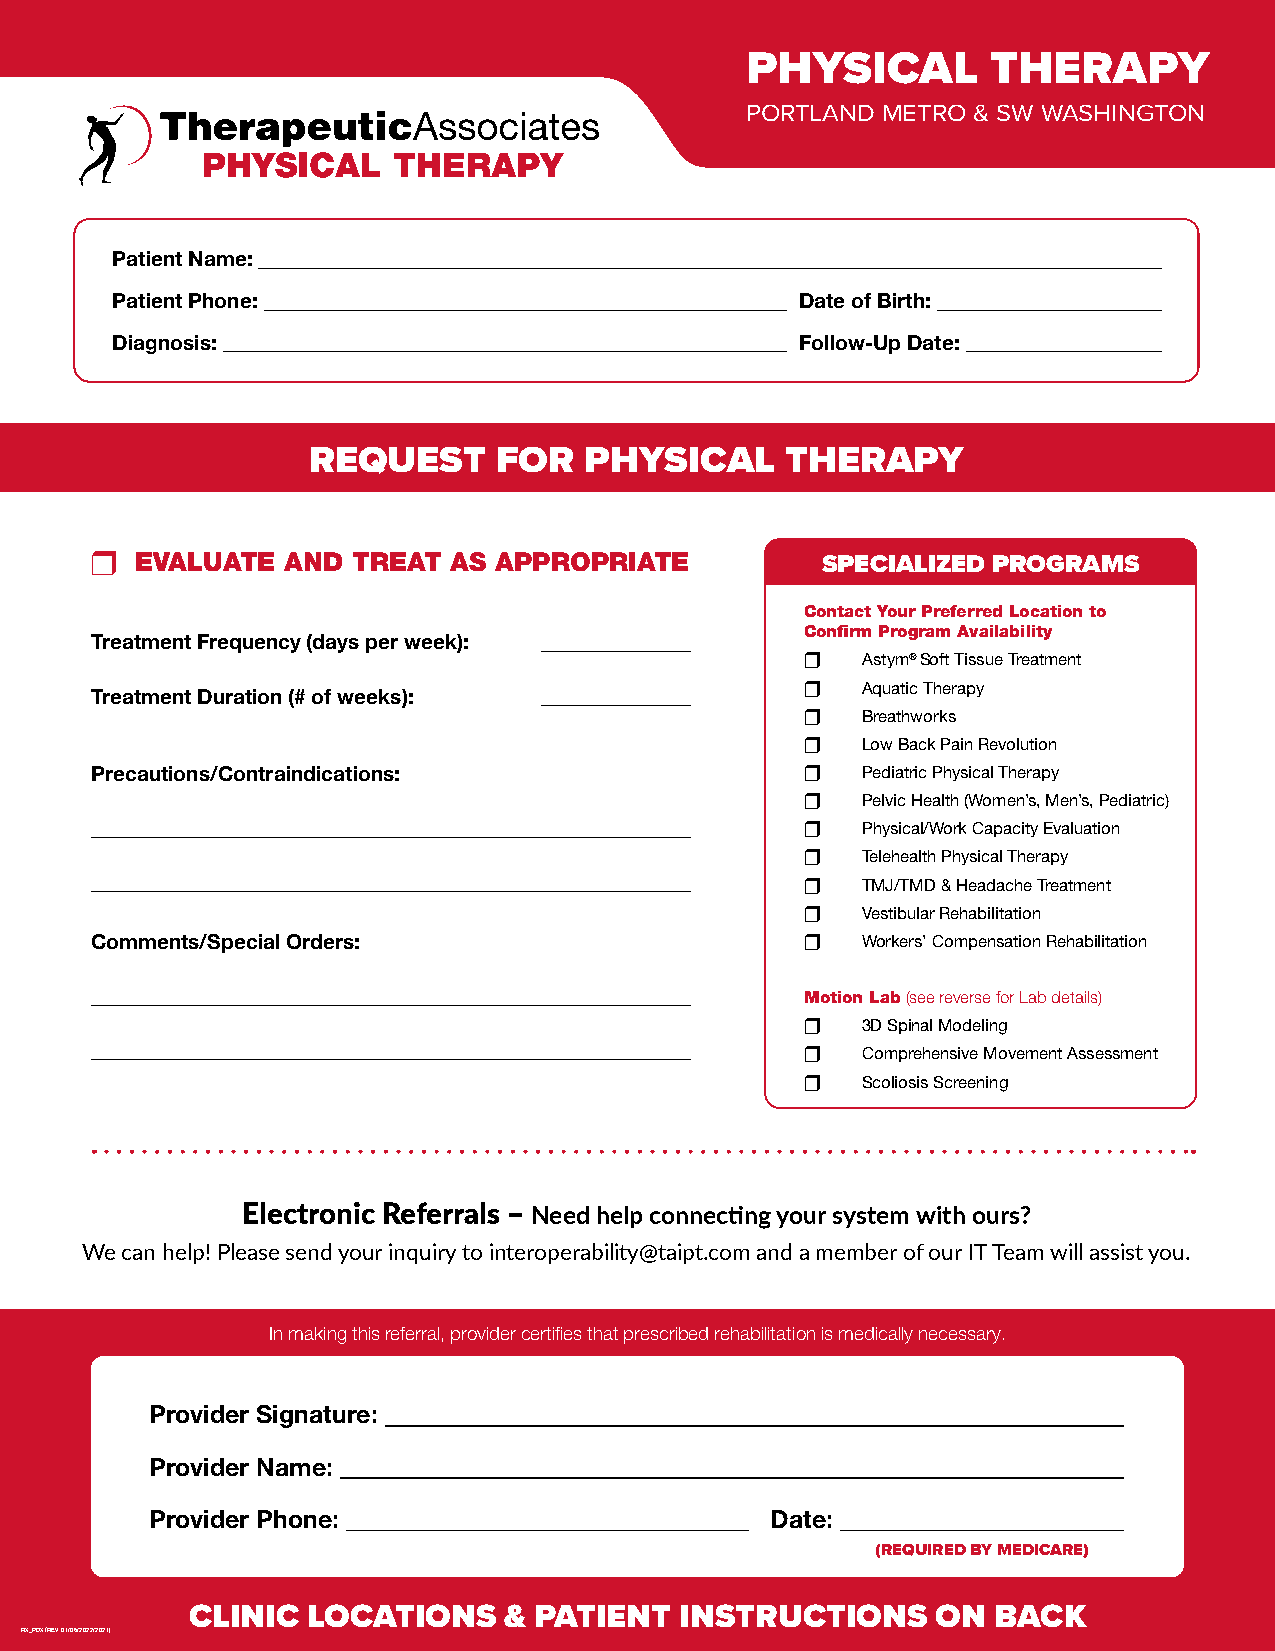
PHYSICAL         THERAPY
 PORTLAND METRO & SW WASHINGTON
 Patient Name:
 Patient Phone:                                Date of Birth:
 Diagnosis:                                    Follow-Up Date:
 REQUEST      FOR   PHYSICAL     THERAPY
 r  EVALUATE  AND TREAT  AS APPROPRIATE          SPECIALIZED PROGRAMS
 Contact Your Preferred Location to
 Confirm Program Availability
 Treatment Frequency (days per week):
 r   Astym® Soft Tissue Treatment
 r   Aquatic Therapy
 Treatment Duration (# of weeks):
 r   Breathworks
 r   Low Back Pain Revolution
 Precautions/Contraindications:                 r   Pediatric Physical Therapy
 r   Pelvic Health (Women’s, Men’s, Pediatric)
 r   Physical/Work Capacity Evaluation
 r   Telehealth Physical Therapy
 r   TMJ/TMD & Headache Treatment
 r   Vestibular Rehabilitation
 Comments/Special Orders:                       r   Workers’ Compensation Rehabilitation
 Motion Lab (see reverse for Lab details)
 r   3D Spinal Modeling
 r   Comprehensive Movement Assessment
 r   Scoliosis Screening
 Electronic Referrals – Need help connecting your system with ours?
 We can help! Please send your inquiry to interoperability@taipt.com and a member of our IT Team will assist you.
 In making this referral, provider certifies that prescribed rehabilitation is medically necessary.
 Provider Signature:
 Provider Name:
 Provider Phone:                          Date:
 (REQUIRED BY MEDICARE)
 CLINIC LOCATIONS    & PATIENT   INSTRUCTIONS     ON  BACK
 RX_PDX (REV 01/06/2022/2021)